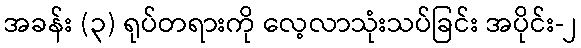
အခန်း (၃) ရုပ်တရားကို လေ့လာသုံးသပ်ခြင်း အပိုင်း-၂